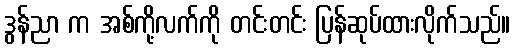
ဒွန်ညာ က အစ်ကို့လက်ကို တင်းတင်း ပြန်ဆုပ်ထားလိုက်သည်။